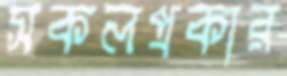
সকলপ্রকার